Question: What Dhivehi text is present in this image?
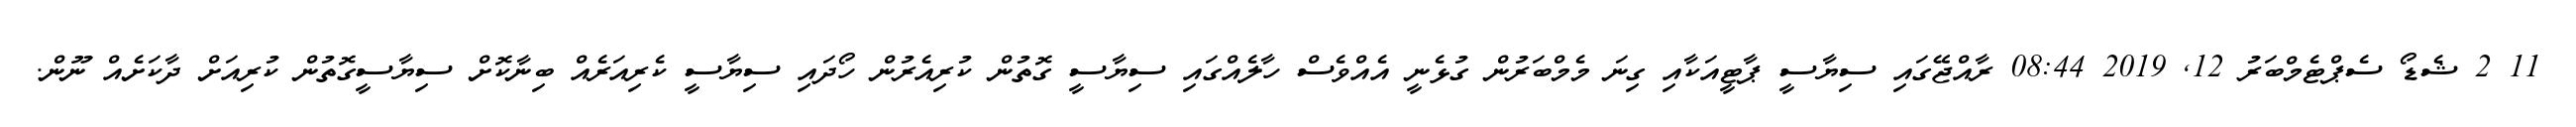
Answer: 11 2 ޝެޑޯ ސެޕްޓެމްބަރު 12, 2019 08:44 ރާއްޖޭގައި ސިޔާސީ ޕާޓީއަކާއި ގިނަ މެމްބަރުން ގުޅެނީ އެއްވެސް ހާލެއްގައި ސިޔާސީ ގޮތުން ކުރިއެރުން ހޯދައި ސިޔާސީ ކެރިއަރެއް ބިނާކޮށް ސިޔާސީގޮތުން ކުރިއަށް ދާކަށެއް ނޫން.